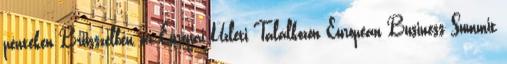
pénteken Brüsszelben az Európai Üzleti Találkozón European Business Summit